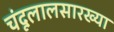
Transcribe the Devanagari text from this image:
चंदूलालसारख्या